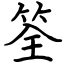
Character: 筌